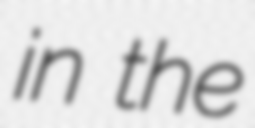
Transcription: in the